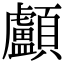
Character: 顱